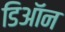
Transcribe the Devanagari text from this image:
डिऑन